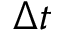
\Delta { t }